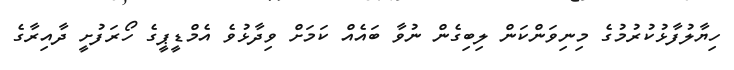
ހިޔާލުފާޅުކުރުމުގެ މިނިވަންކަން ލިބިގެން ނުވާ ބައެއް ކަމަށް ވިދާޅުވެ އެމްޑީޕީގެ ހޯރަފުށީ ދާއިރާގެ